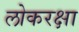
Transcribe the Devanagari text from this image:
लोकरक्षा